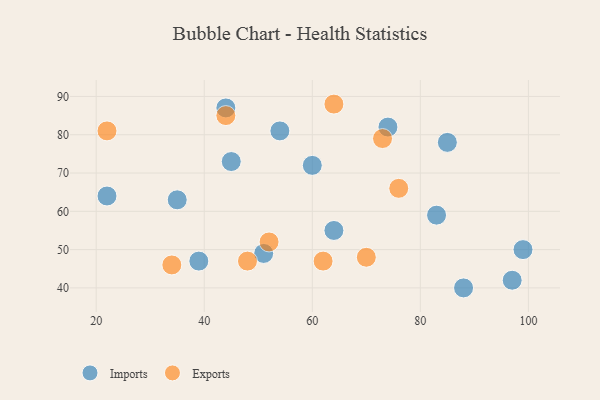
{"axis": {"x": "GDP", "y": "Life Expectancy"}, "legend": ["Exports", "Imports"], "data": [{"x": "45", "y": 73, "type": "Imports"}, {"x": "35", "y": 63, "type": "Imports"}, {"x": "74", "y": 82, "type": "Imports"}, {"x": "83", "y": 59, "type": "Imports"}, {"x": "97", "y": 42, "type": "Imports"}, {"x": "60", "y": 72, "type": "Imports"}, {"x": "22", "y": 64, "type": "Imports"}, {"x": "54", "y": 81, "type": "Imports"}, {"x": "64", "y": 55, "type": "Imports"}, {"x": "85", "y": 78, "type": "Imports"}, {"x": "88", "y": 40, "type": "Imports"}, {"x": "99", "y": 50, "type": "Imports"}, {"x": "44", "y": 87, "type": "Imports"}, {"x": "51", "y": 49, "type": "Imports"}, {"x": "39", "y": 47, "type": "Imports"}, {"x": "22", "y": 81, "type": "Exports"}, {"x": "76", "y": 66, "type": "Exports"}, {"x": "44", "y": 85, "type": "Exports"}, {"x": "73", "y": 79, "type": "Exports"}, {"x": "70", "y": 48, "type": "Exports"}, {"x": "34", "y": 46, "type": "Exports"}, {"x": "52", "y": 52, "type": "Exports"}, {"x": "62", "y": 47, "type": "Exports"}, {"x": "48", "y": 47, "type": "Exports"}, {"x": "64", "y": 88, "type": "Exports"}]}